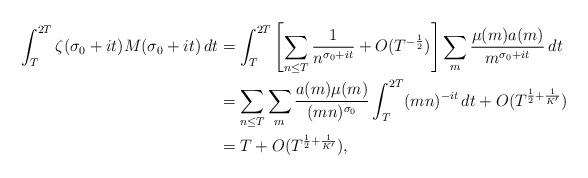
LaTeX: \begin{align*}\int_T^{2T}\zeta(\sigma_0+it)M(\sigma_0+it)\,dt&=\int_T^{2T}\left[\sum_{n\leq T}\frac{1}{n^{\sigma_0+it}}+O(T^{-\frac{1}{2}})\right]\sum_m\frac{\mu(m)a(m)}{m^{\sigma_0+it}}\,dt\\&=\sum_{n\leq T}\sum_m\frac{a(m)\mu(m)}{(mn)^{\sigma_0}}\int_T^{2T}(mn)^{-it}\,dt+O(T^{\frac{1}{2}+\frac{1}{K'}})\\&=T+O(T^{\frac{1}{2}+\frac{1}{K'}}),\end{align*}